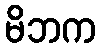
မိဘက